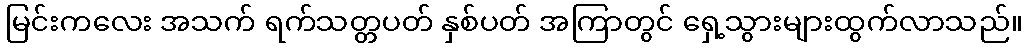
မြင်းကလေး အသက် ရက်သတ္တပတ် နှစ်ပတ် အကြာတွင် ရှေ့သွားများထွက်လာသည်။